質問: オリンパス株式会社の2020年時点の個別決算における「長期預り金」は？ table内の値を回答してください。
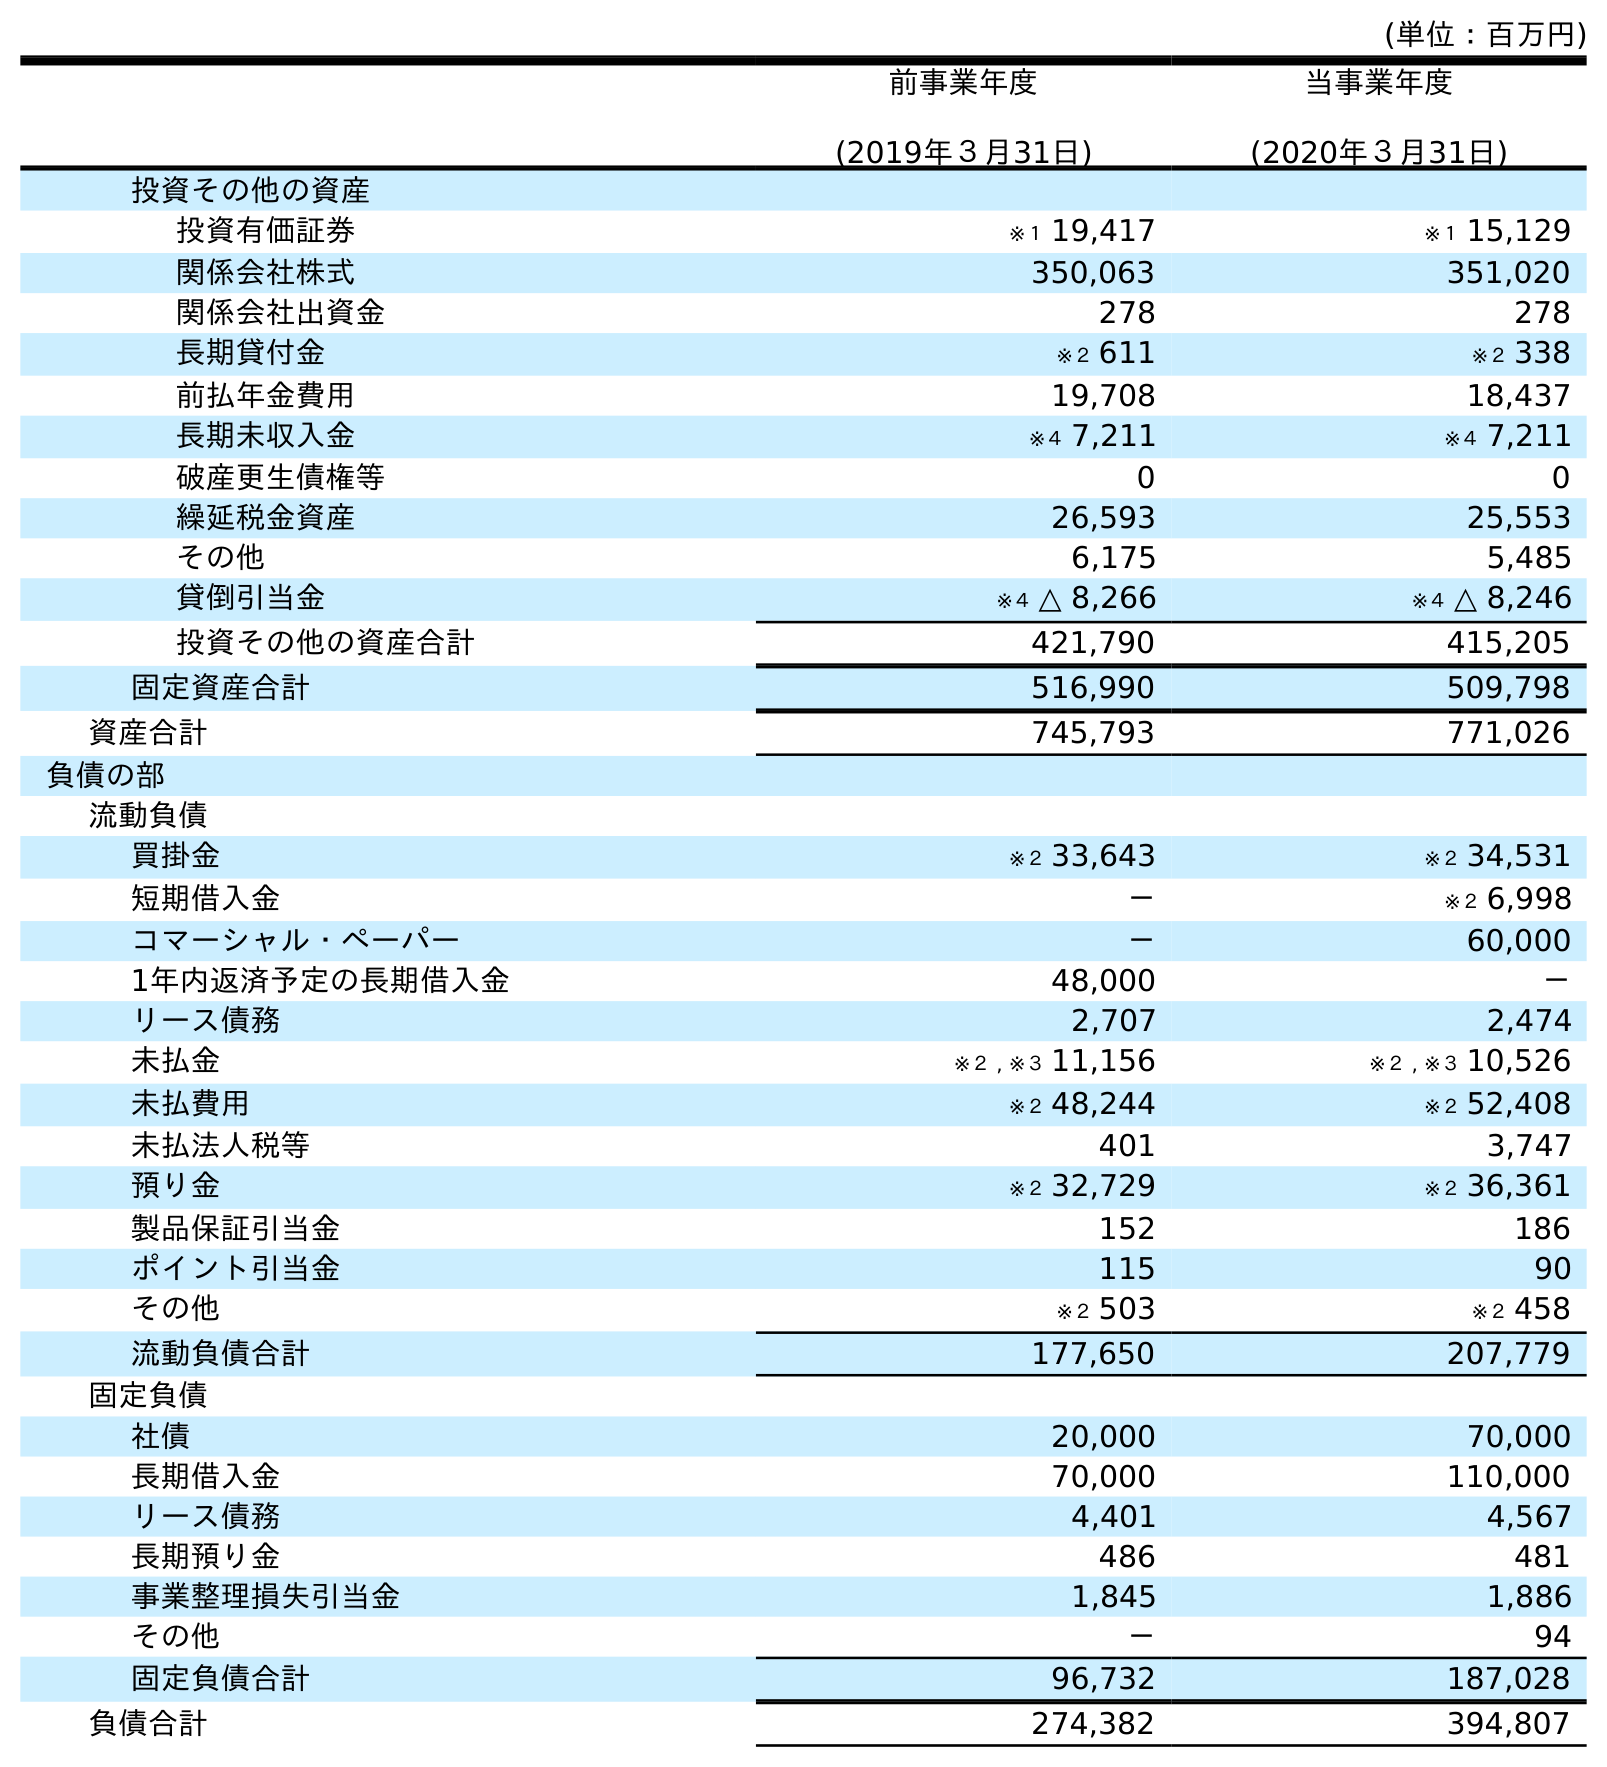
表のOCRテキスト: (単位：百万円) 前事業年度 (2019年３月31日) 当事業年度 (2020年３月31日) 投資その他の資産 投資有価証券 ※１ 19,417 ※１ 15,129 関係会社株式 350,063 351,020 関係会社出資金 278 278 長期貸付金 ※２ 611 ※２ 338 前払年金費用 19,708 18,437 長期未収入金 ※４ 7,211 ※４ 7,211 破産更生債権等 0 0 繰延税金資産 26,593 25,553 その他 6,175 5,485 貸倒引当金 ※４ △ 8,266 ※４ △ 8,246 投資その他の資産合計 421,790 415,205 固定資産合計 516,990 509,798 資産合計 745,793 771,026 負債の部 流動負債 買掛金 ※２ 33,643 ※２ 34,531 短期借入金 － ※２ 6,998 コマーシャル・ペーパー － 60,000 1年内返済予定の長期借入金 48,000 － リース債務 2,707 2,474 未払金 ※２ , ※３ 11,156 ※２ , ※３ 10,526 未払費用 ※２ 48,244 ※２ 52,408 未払法人税等 401 3,747 預り金 ※２ 32,729 ※２ 36,361 製品保証引当金 152 186 ポイント引当金 115 90 その他 ※２ 503 ※２ 458 流動負債合計 177,650 207,779 固定負債 社債 20,000 70,000 長期借入金 70,000 110,000 リース債務 4,401 4,567 長期預り金 486 481 事業整理損失引当金 1,845 1,886 その他 － 94 固定負債合計 96,732 187,028 負債合計 274,382 394,807
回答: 481